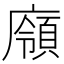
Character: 𢋞